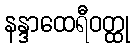
နန္ဒာထေရီဝတ္ထု